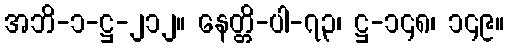
အဘိ-၁-ဋ္ဌ-၂၁၂။ နေတ္တိ-ပါ-၇၃၊ ဋ္ဌ-၁၄၈၊ ၁၄၉။